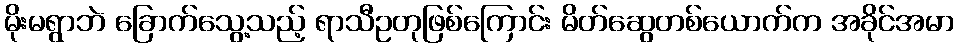
မိုးမရွာဘဲ ခြောက်သွေ့သည့် ရာသီဥတုဖြစ်ကြောင်း မိတ်ဆွေတစ်ယောက်က အခိုင်အမာ